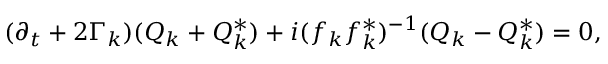
( \partial _ { t } + 2 \Gamma _ { k } ) ( Q _ { k } + Q _ { k } ^ { * } ) + i ( f _ { k } f _ { k } ^ { * } ) ^ { - 1 } ( Q _ { k } - Q _ { k } ^ { * } ) = 0 ,